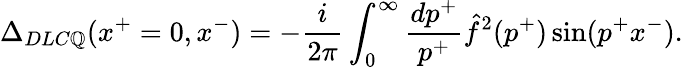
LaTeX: \Delta_{DLC\mathbb{Q}}(x^{+}=0,x^{-})=-{\frac{{i}}{{2\pi}}}\int_{0}^{\infty}{\frac{{dp^{+}}}{{p^{+}}}}\hat{{f}}^{2}(p^{+})\sin(p^{+}x^{-}).